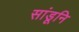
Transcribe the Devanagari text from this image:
सांडूनि